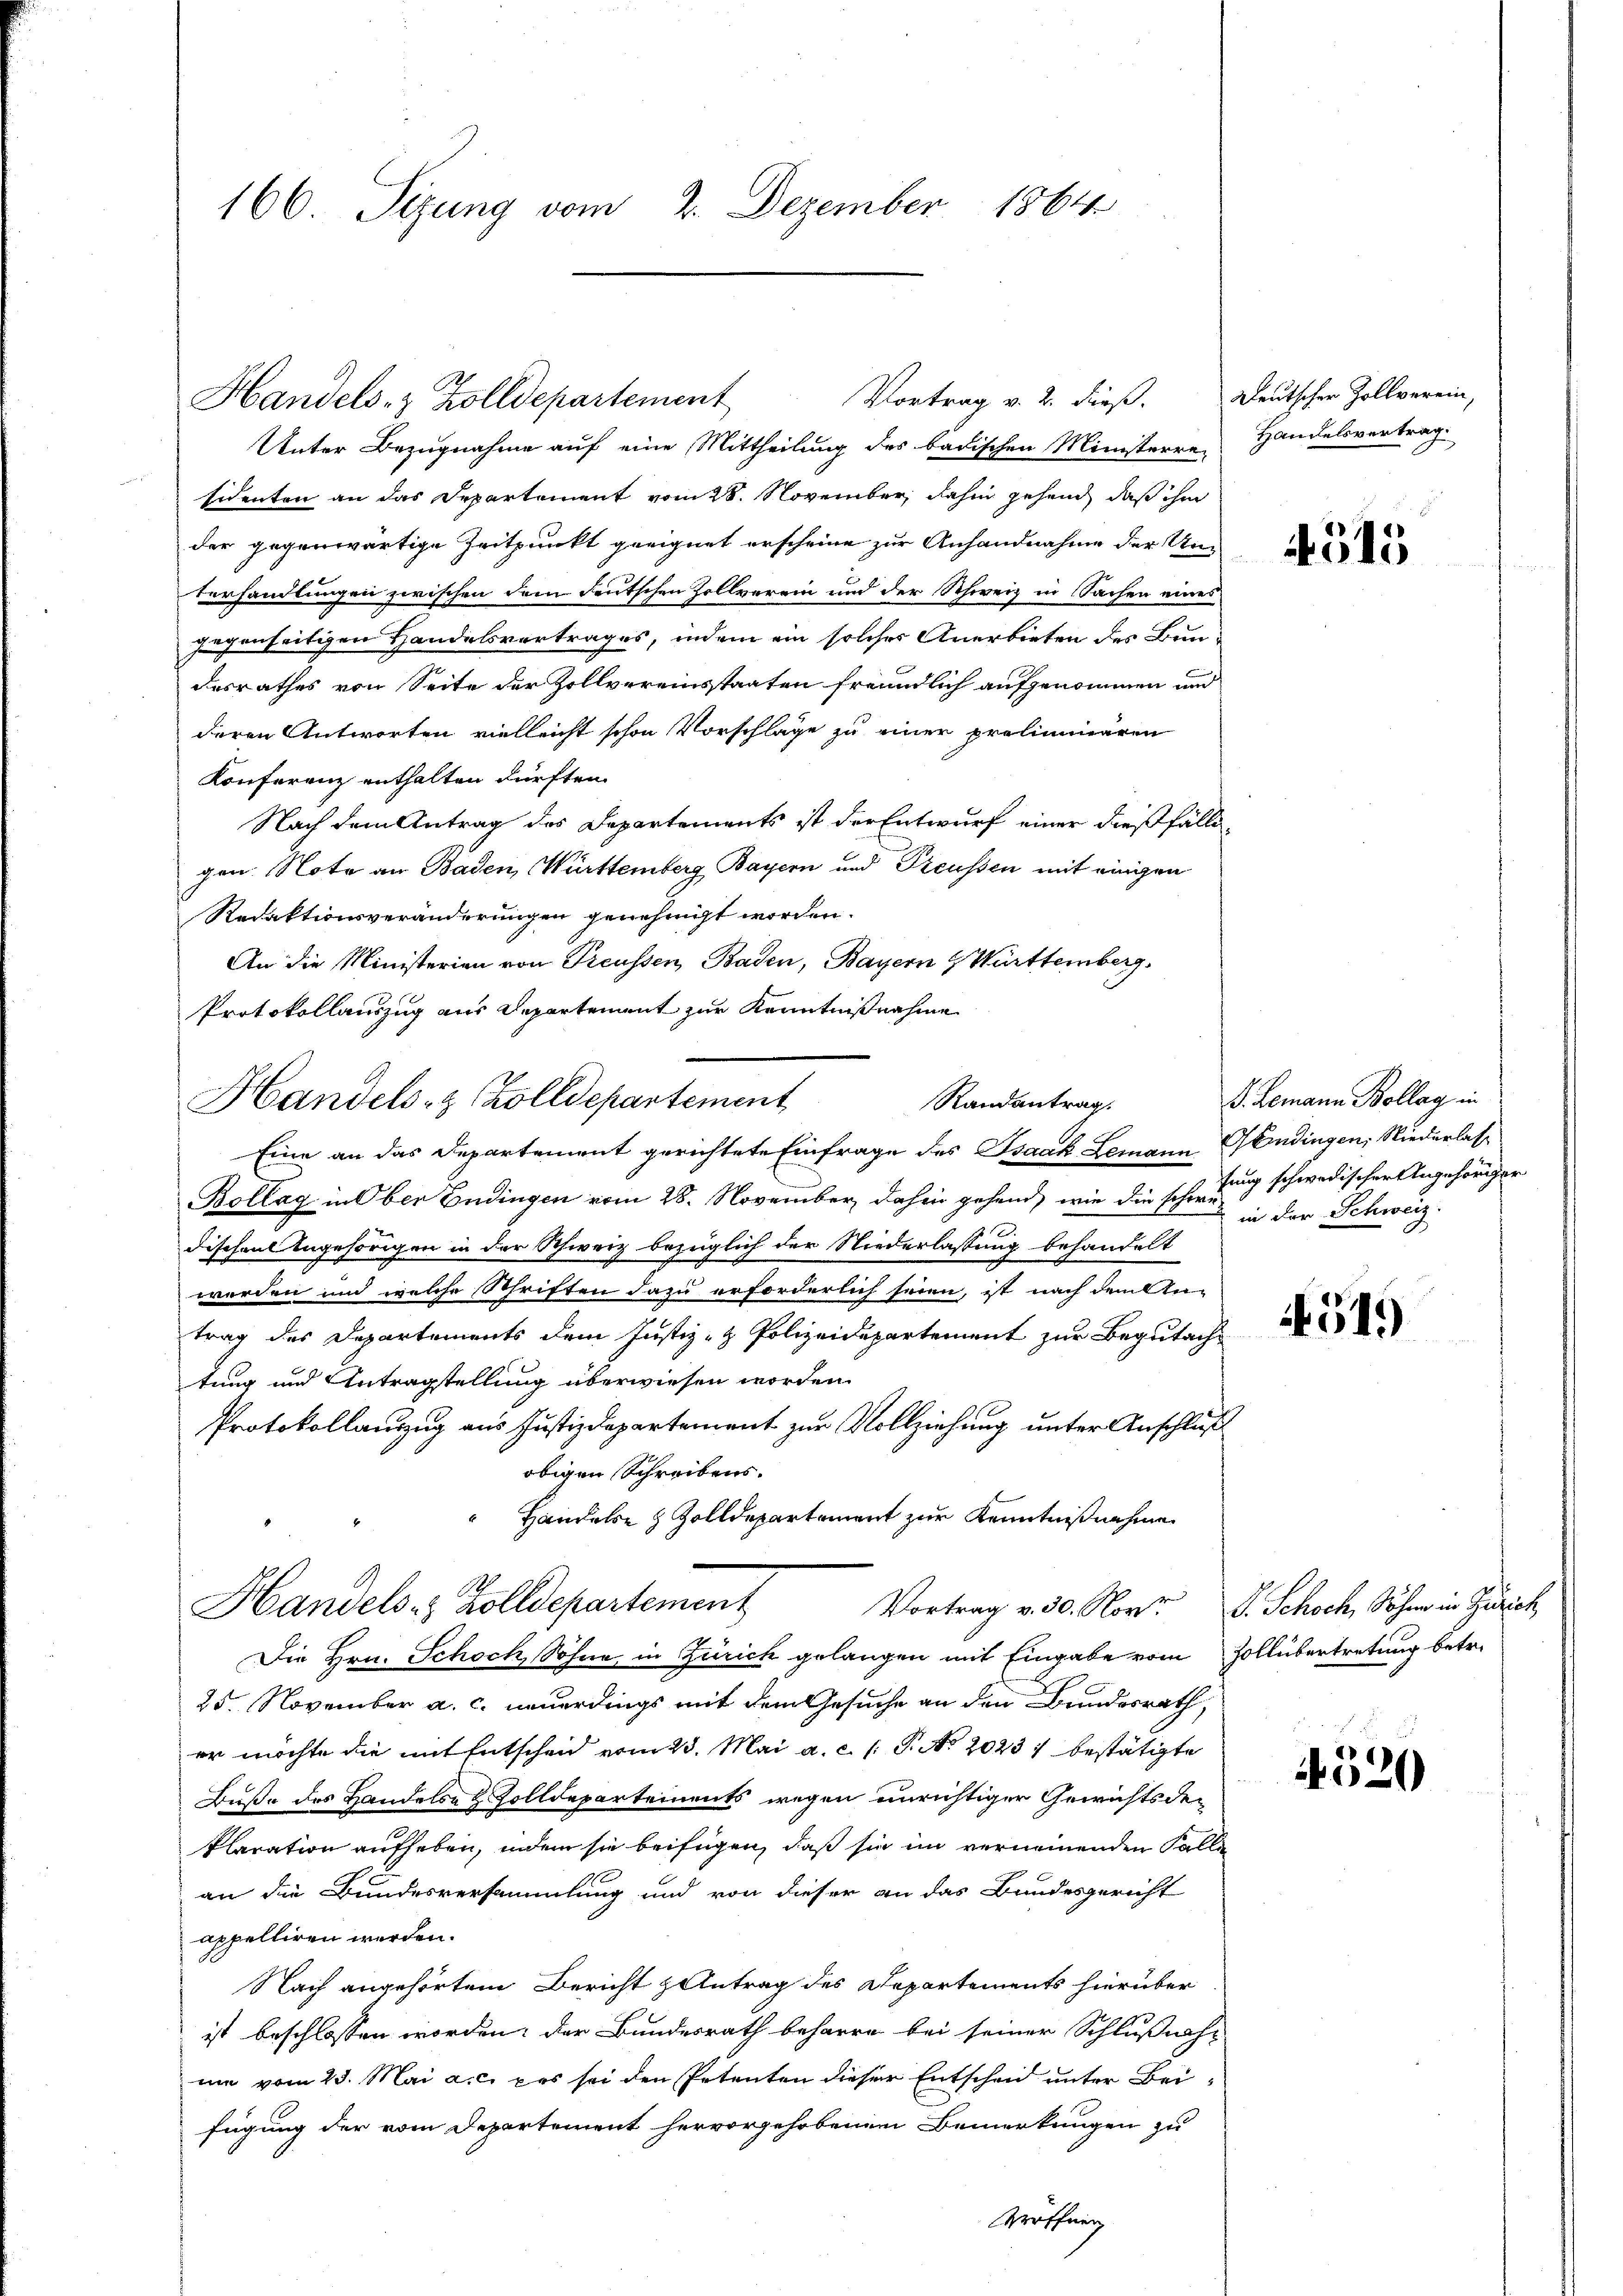
166. Sizung vom 2. Dezember 1864

Handels- & Zolldepartement

Vortrag v. 2. dieß. Deutschen Zollverein,

Unter Bezugnahme auf eine Mittheilung des badischen Ministerre-
sidenten an das Departement vom 28. November, dahin gehend, daß ihm
der gegenwärtige Zeitpunkt geeignet erscheine zur Anhandnahme der Un-
terhandlungen zwischen dem deutschen Zollverein und der Schweiz in Sachen eines
gegenseitigen Handelsvertrages, indem ein solches Anerbieten des Bundesrathes von Seite der Zollvereinsstaaten freundlich aufgenommen und
deren Antworten vielleicht schon Vorschläge zu einer proliminaren
Konferenz enthalten dürften.
Nach dem Antrag des Departements ist der Entwurf einer dießfällegen. Note an Baden, Württemberg Bayern und Preussen mit einigen
Redaktionsveränderungen genehmigt worden.
An die Ministerien von Treussen Baden, Bayern & Württemberg.
Protokollauszug aus Departement zur Kenntnißnahme
Eine an das Departement gerichtete Einfrage des Isaak Lemann Gendingen, Niederlas¬
Bollag in Ober Endingen vom 28. November dahin gehend, wie die schung schwedischer Angehöriger
dischen Angehörigen in der Schweiz bezüglich der Niederlassung behandelt
werden und welche Schriften dazu erforderlich seien, ist nach dem Antrag des Departements dem Justiz- & Polizeidepartement zur Begutachtung und Antragstellung überwiesen worden.
Protokollanzug aus Justizdepartement zur Vollziehung unter Anschluß
obigen Schreibens.
 Handele Zolldepartement zur Kenntnißnahme
Handels- & Zolldepartement
Vortrag v. 30. Nov. J. Schoch, Sohn in Zürich
Die Hrn. Schoch, Sohne in Zürich gelangen mit Eingabe vom Zollübertretung betr.
25. November a. c. neuerdings mit dem Gesuche an den Bundesrath,
er möchte die mit Entscheid vom 23. Mai a. c. l. P. No 20237 bestätigte
Buße des Handels- & Zolldepartements wegen unrichtiger Gewichtsde-
klaration aufheben, indem sie beifügen, daß sie im verneinenden Fallen
an die Bundesversammlung und von dieser an das Bundesgericht
appelliren werden.
Nach angehörtem Bericht Antrag des Departements hierüber
ist beschlossen worden: der Bundesrath beharre bei seiner Schlußnah-
me vom 23. Mai a.c. pas sei den Petenten dieser Entscheid unter Beifügung der vom Departement hervorgehobenen Bemerkungen zu
Eröffnung

Handels- & Zolldepartement
Randantrag.

Handelsvertrag.

4515

G. Romann Bollag in
in der Schweiz.

4519)

4320